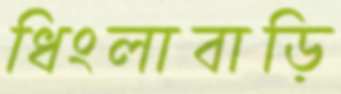
ধিংলাবাড়ি